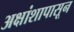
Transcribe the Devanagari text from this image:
अक्षांशापासून